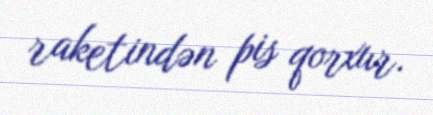
raketindən pis qorxur.